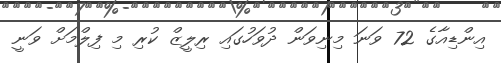
އިންޑިއާގެ 72 ވަނަ މިނިވަން ދުވަހުގައި ރިލީޒް ކުރި މި ފިލްމަށް ވަނީ